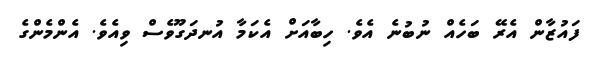
ފައުޒާން އެރޭ ބަހެއް ނުބުނެ އެވެ. ހިބާއަށް އެކަމާ އުނދަގޫވެސް ވިއެވެ. އެންމެންގެ